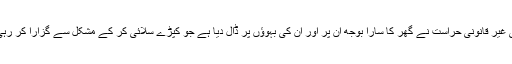
ان کی غیر قانونی حراست نے گھر کا سارا بوجھ ان پر اور ان کی بہوؤں پر ڈال دیا ہے جو کپڑے سلائی کر کے مشکل سے گزارا کر رہی ہیں۔